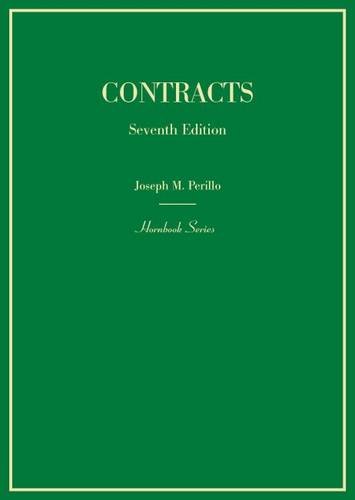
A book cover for Contracts (Hornbook); Joseph Perillo; Law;